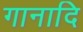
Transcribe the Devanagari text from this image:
गानादि